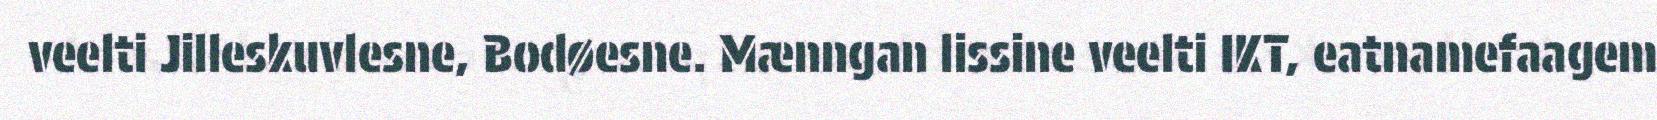
veelti Jilleskuvlesne, Bodøesne. Mænngan lissine veelti IKT, eatnamefaagem